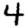
Digit: 4